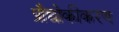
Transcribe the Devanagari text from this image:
प्रौद्योकीकरण